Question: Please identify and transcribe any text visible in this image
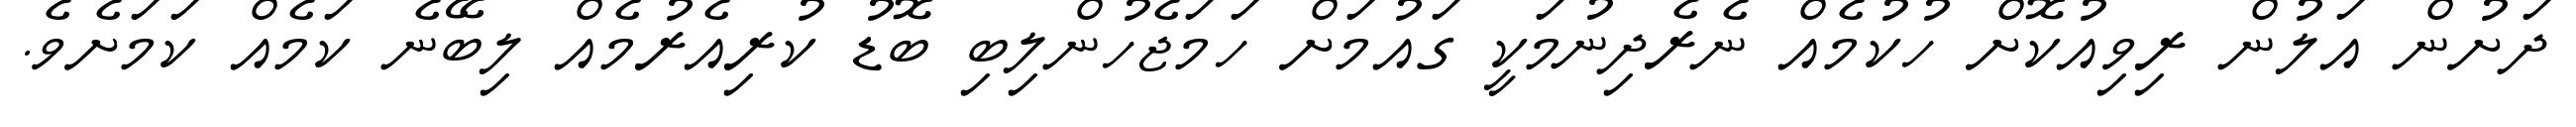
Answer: ދަށުން އަލުން ރިވިއުކޮށް ހުކުމެއް ނެރެދިނުމަކީ ގައުމަށް ހަމަޖެހުންލިބި ބޮޑު ކުރިއެރުމެއް ލިބޭނެ ކަމެއް ކަމަށެވެ.